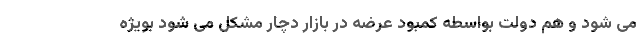
می شود و هم دولت بواسطه کمبود عرضه در بازار دچار مشکل می شود بویژه